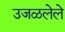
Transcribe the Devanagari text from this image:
उजळलेले